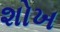
શોખ